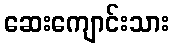
ဆေးကျောင်းသား